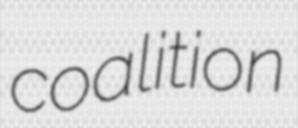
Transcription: coalition